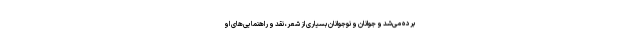
برده می‌شد و جوانان و نوجوانان بسیاری از شعر، نقد و راهنمایی‌های او